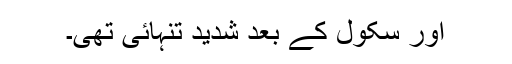
اور سکول کے بعد شدید تنہائی تھی۔